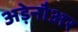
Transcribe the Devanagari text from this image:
अड़ेनौअर